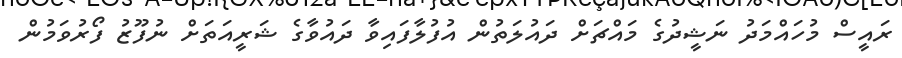
ރައީސް މުހައްމަދު ނަޝީދުގެ މައްޗަށް ދައުލަތުން އުފުލާފައިވާ ދައުވާގެ ޝަރީއަތަށް ނުފޫޒު ފޯރުވަމުން